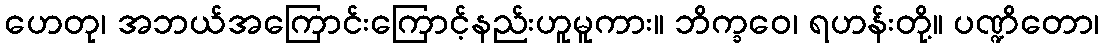
ဟေတု၊ အဘယ်အကြောင်းကြောင့်နည်းဟူမူကား။ ဘိက္ခဝေ၊ ရဟန်းတို့။ ပဏ္ဍိတော၊